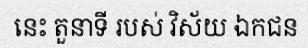
នេះ តួនាទី របស់ វិស័យ ឯកជន